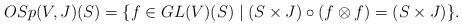
LaTeX: \begin{align*} OSp(V, J)(S) = \{f\in GL(V)(S)\mid (S\times J)\circ (f\otimes f) = (S\times J)\}.\end{align*}